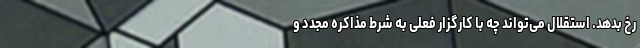
رخ بدهد. استقلال می‌تواند چه با کارگزار فعلی به شرط مذاکره مجدد و